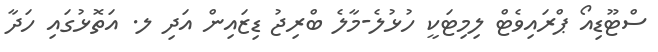
ސްޓޫޑިއޯ ޕްރައިވެޓް ލިމިޓަކީ ހުޅުލެ-މާލެ ބްރިޖު ޑިޒައިން އަދި ލ. އަތޮޅުގައި ހަދާ